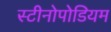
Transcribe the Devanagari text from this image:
स्टीनोपोडियम